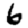
Digit: 6